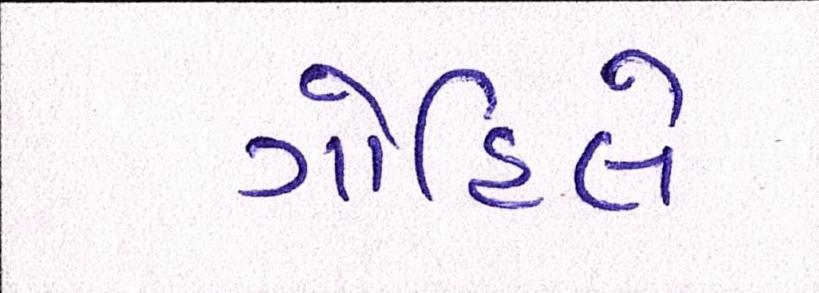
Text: ગોહિલે